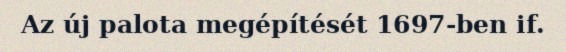
Az új palota megépítését 1697-ben if.